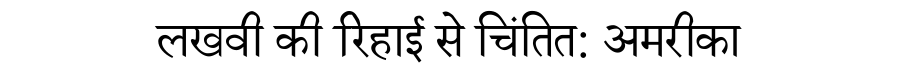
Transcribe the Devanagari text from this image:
लखवी की रिहाई से चिंतित: अमरीका